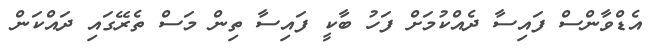
އެޑްވާންސް ފައިސާ ދެއްކުމަށް ފަހު ބާކީ ފައިސާ ތިން މަސް ތެރޭގައި ދައްކަން